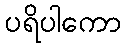
ပရိပါကော